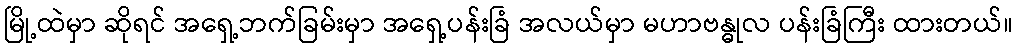
မြို့ထဲမှာ ဆိုရင် အရှေ့ဘက်ခြမ်းမှာ အရှေ့ပန်းခြံ အလယ်မှာ မဟာဗန္ဓုလ ပန်းခြံကြီး ထားတယ်။